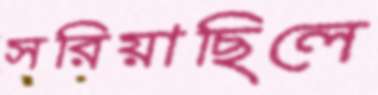
সরিয়াছিলে